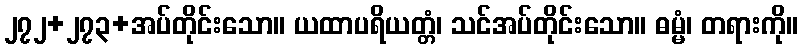
၂၇၂+၂၇၃+အပ်တိုင်းသော။ ယထာပရိယတ္တံ၊ သင်အပ်တိုင်းသော။ ဓမ္မံ၊ တရားကို။